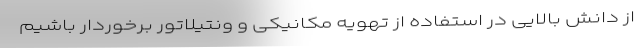
از دانش بالایی در استفاده از تهویه مکانیکی و ونتیلاتور برخوردار باشیم